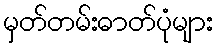
မှတ်တမ်းဓာတ်ပုံများ